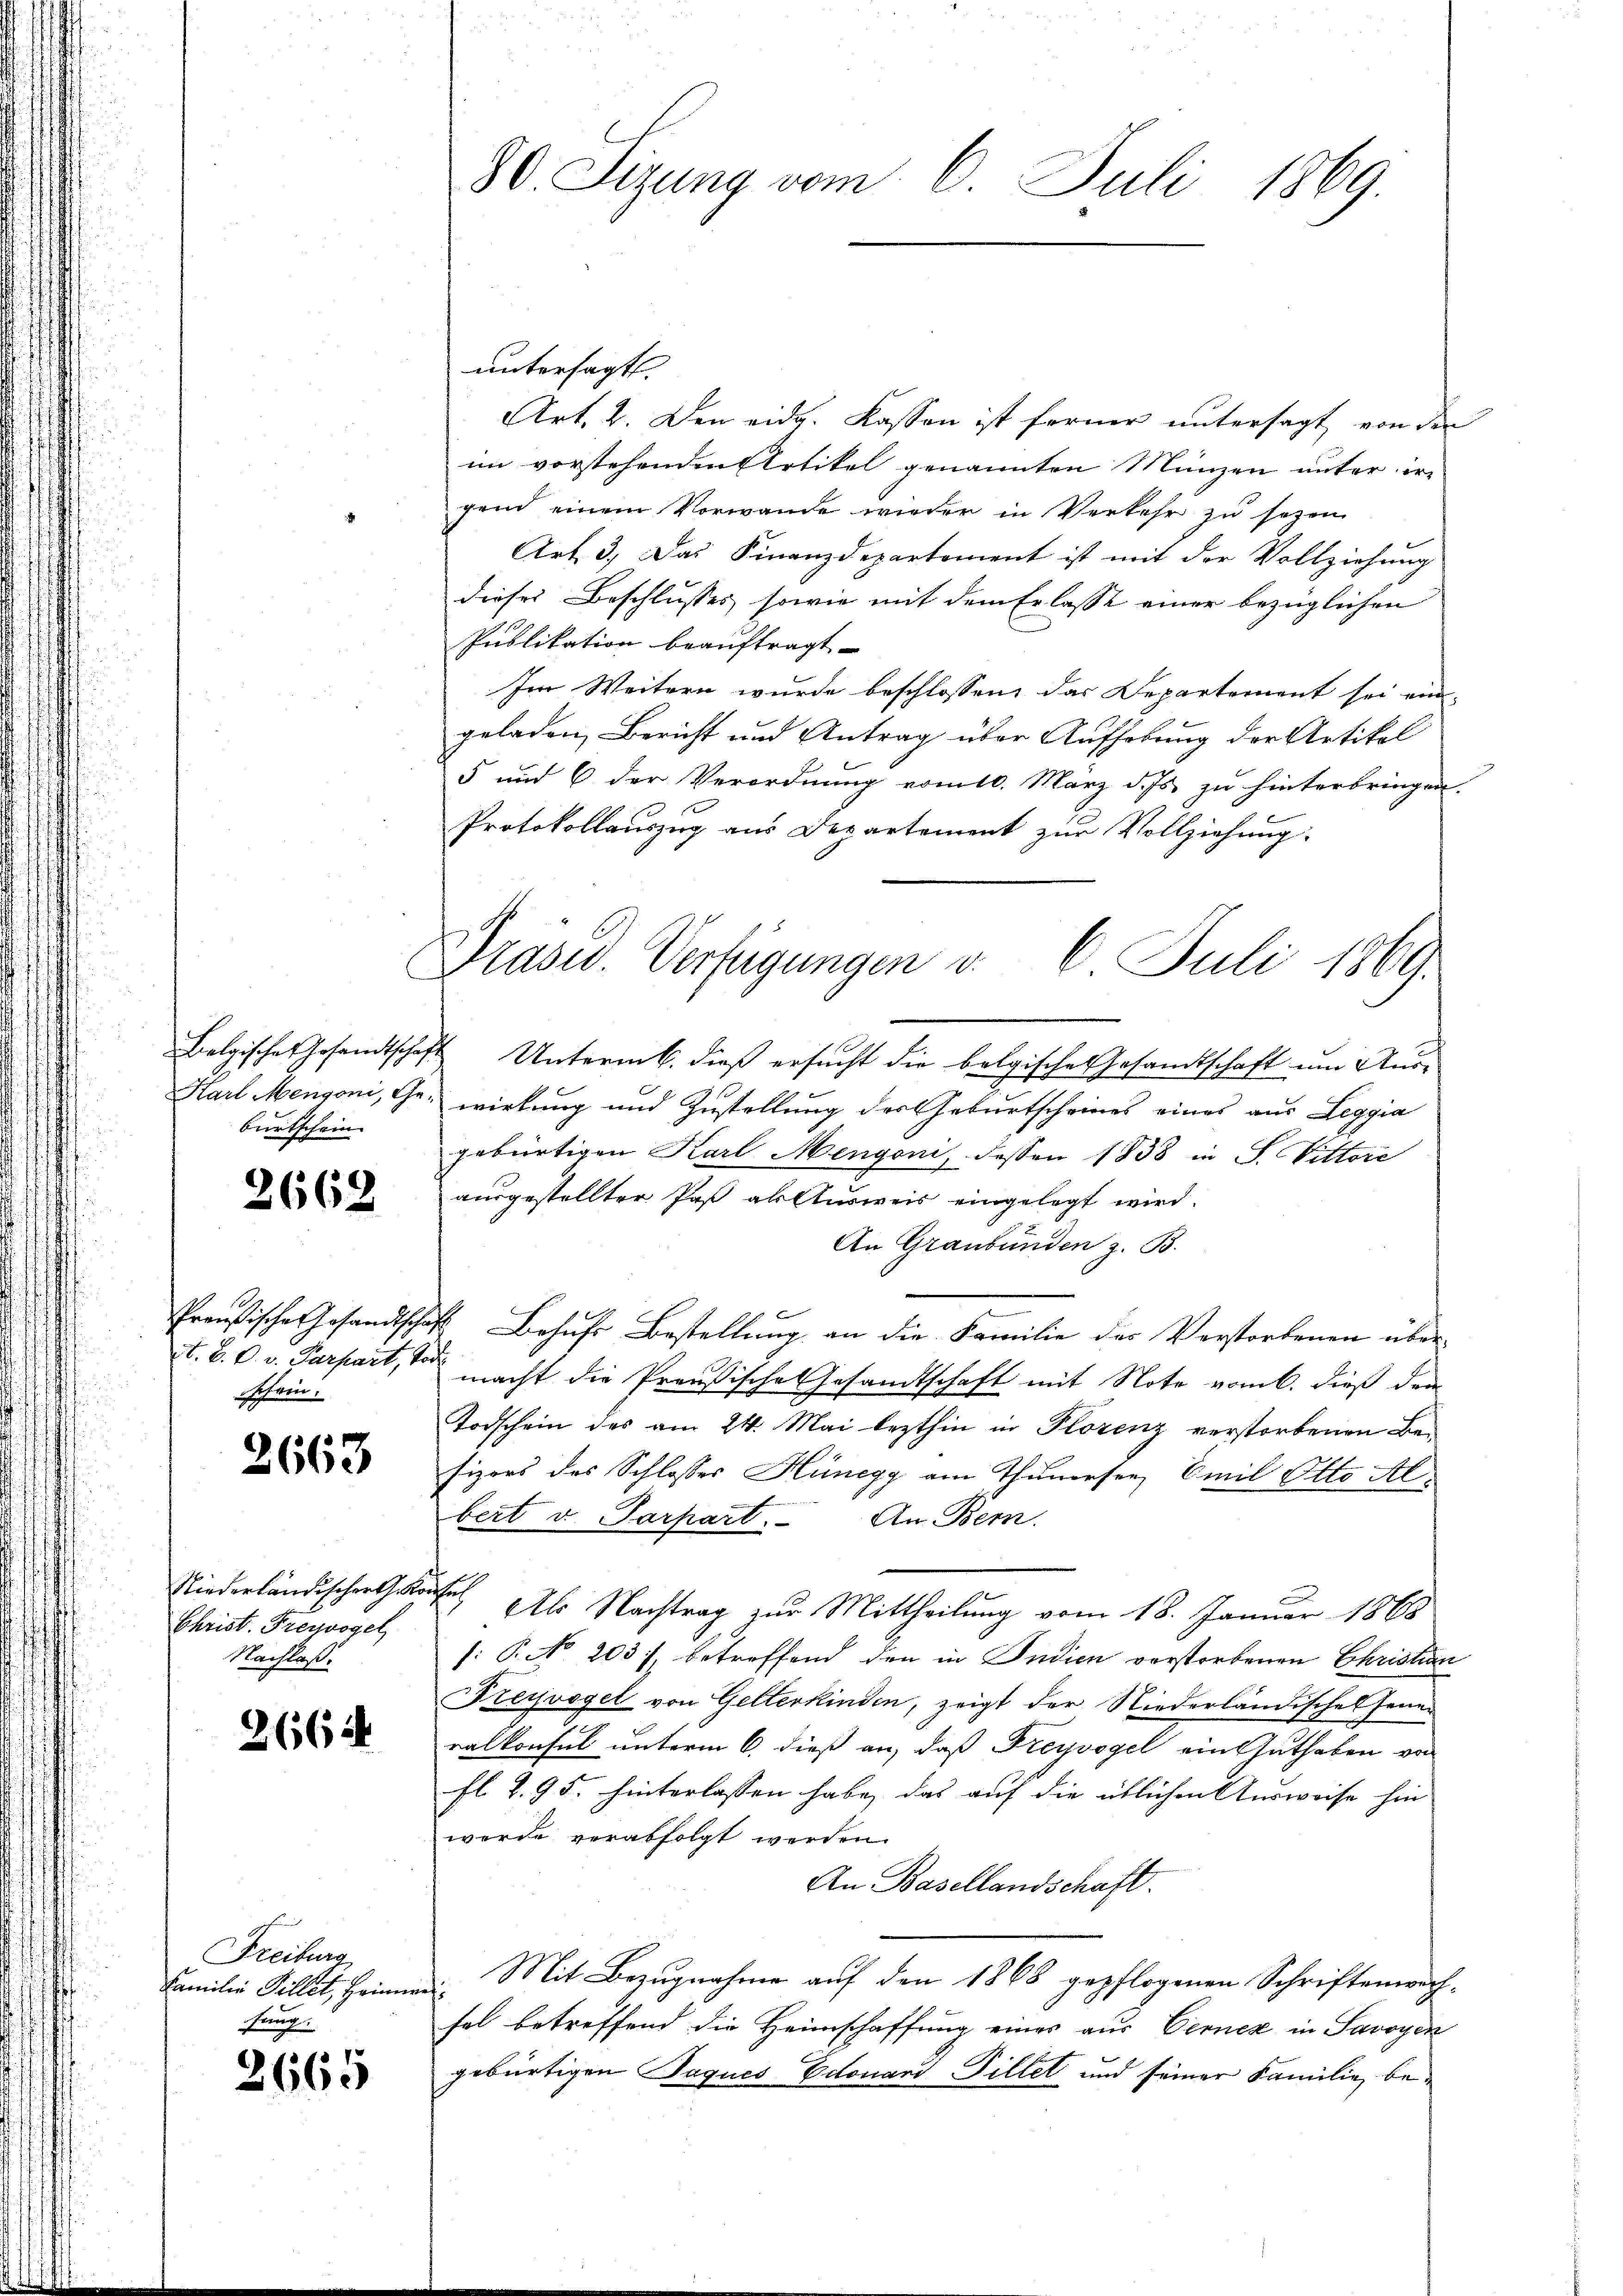
burtschein |

2662

schein.

2663

Christ. Freyvogel
Nachlaß.

2664

Freiburg,
Familie Pillet, Heinne.
fung.

2665

80. Sizung vom 6. Juli 1869.

Präsid. Verfügungen v. 6. Juli 1869.

untersagt.
Art. 2. Den eidg. Kassen ist ferner untersagt, von den
im vorstehenden Artikel genannten Münzen unter ir
gend einem Vorwande wieder in Verkehr zu sezen.
Art. 3. Das Finanzdepartement ist mit der Vollziehung
dieses Beschlusses, sowie mit dem Erlasse einer bezüglichen
Publikation beauftragt
Im Weitern wurde beschlossen, das Departement sei ein-
geladen, Bericht und Antrag über Aufhebung der Artikel
5 und 6 der Verordnung vom 10. März d. Js. zu hinterbringen.
Protokollauszug aus Departement zur Vollziehung:
Belgisches Gesandtschaft Untermb. dieß ersucht die belgische Gesandtschaft um Aus¬
Harl Menzoni, Ge- wirkung und Zustellung des Geburtscheines eines aus Leggia
gebürtigen Karl Mengoni, dessen 1838 in S. Vittore
ausgestellter Post als Ausweis eingelegt wird.
An Graubünden z. B.
Preußische Gesandtschaft Behufs Bestellung an die Familie des Verstorbenen übert. B. C. v. Parpart, von macht die Preußische Gesandtschaft mit Note vom 6. dieß der
Todschein des am 24. Mai lezthin in Florenz verstorbenen Befizors des Schlosses Hünegg am Thumorsee, Emil Otto Al
bert u. Parpart. An Bern.
Niederländischen als Nachtrag zur Mittheilung vom 18. Januar 1865
/: P. No. 203), betreffend den in Indien verstorbenen Christian
Freyvogel von Gelterkinden, zeigt der Niederländischen Jenen
ralkonsul unterm 6. dieß an, daß Freyvogel ein Guthaben von
fl. Z. 95. hinterlassen habe, das auf die üblichen Ausweise hin
werde verabfolgt werden.
An Basellandschaft.
Mit Bezugnahme auf den 1868 gepflogenen Schriftenwachi
fel betreffend die Heimschaffung eines aus Verner in Savoyen
gebürtigen Jaques Edouard Pillet und seiner Familie be¬